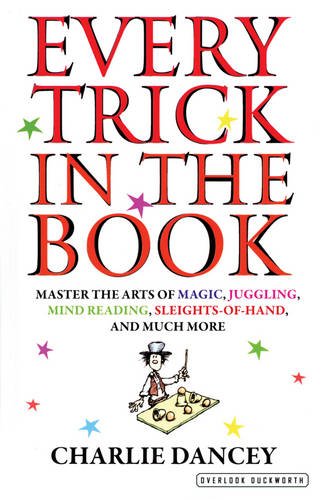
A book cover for Every Trick in the Book; Charlie Dancey; Humor & Entertainment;